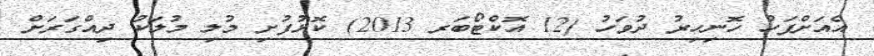
އެއަށްފަހު ހޮނިހިރު ދުވަހު (12 އޮކްޓޯބަރ 2013) ކޮޅުފުށި މުލި މުލަކު ދިއްގަރަށް